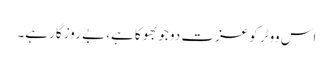
اس ووٹر کو عزت دو جو بھوکا ہے، بے روزگار ہے۔